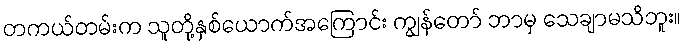
တကယ်တမ်းက သူတို့နှစ်ယောက်အကြောင်း ကျွန်တော် ဘာမှ သေချာမသိဘူး။